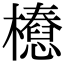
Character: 𣞝